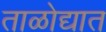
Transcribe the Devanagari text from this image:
ताळोद्यात